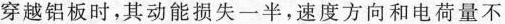
穿越铝板时，其动能损失一半，速度方向和电荷量不